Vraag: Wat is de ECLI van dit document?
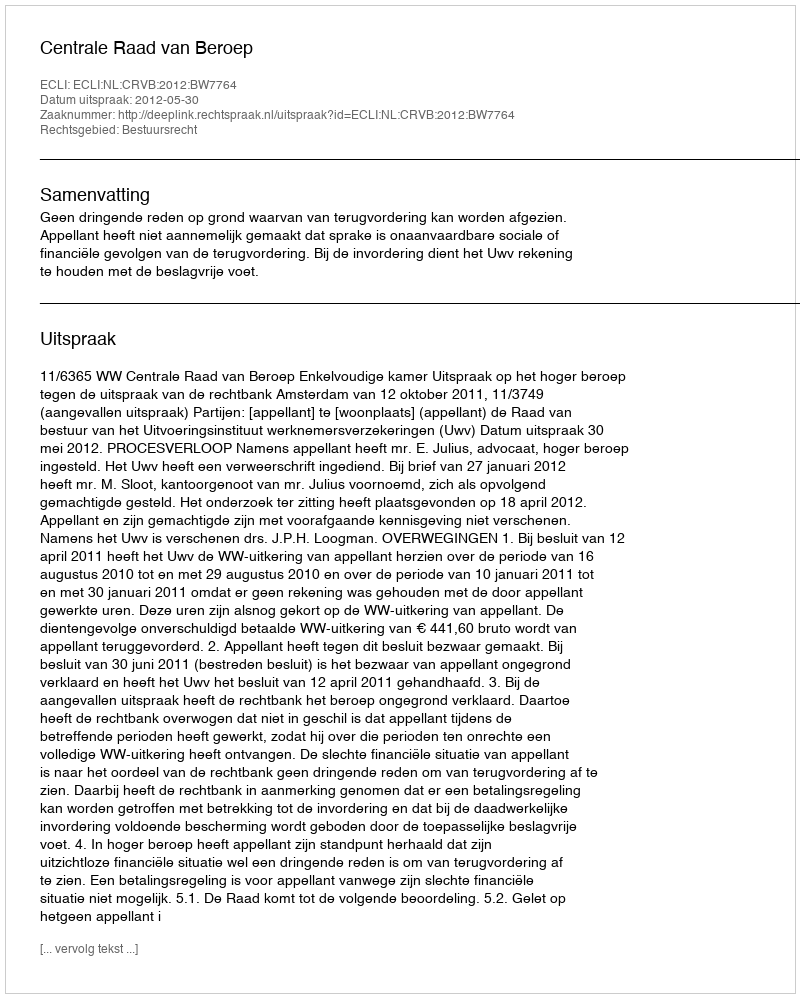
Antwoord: ECLI:NL:CRVB:2012:BW7764